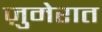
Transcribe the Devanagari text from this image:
ज़ुमेरात